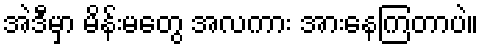
အဲဒီမှာ မိန်းမတွေ အလကား အားနေကြတာပဲ။